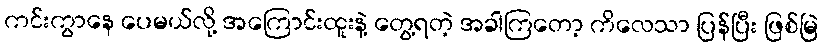
ကင်းကွာနေ ပေမယ်လို့ အကြောင်းထူးနဲ့ တွေ့ရတဲ့ အခါကြတော့ ကိလေသာ ပြန်ပြီး ဖြစ်မြဲ